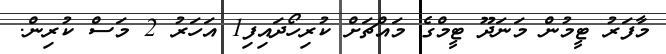
މާފަރު ޓީމުން މަނަދޫ ޓީމްގެ މައްޗަށް ކުރިހޯދައިފި1 އަހަރު 2 މަސް ކުރިން.